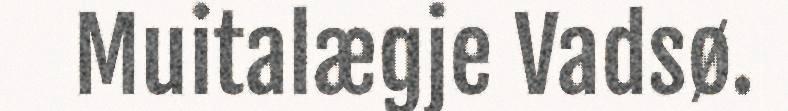
Muitalægje Vadsø.